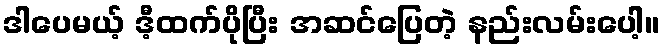
ဒါပေမယ့် ဒီ့ထက်ပိုပြီး အဆင်ပြေတဲ့ နည်းလမ်းပေါ့။